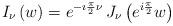
LaTeX: \begin{align*} I_\nu\left( w\right)=e^{{-\imath\frac{\pi}{2}\nu}} \,J_\nu\left(e^{{i \frac{\pi}{2}}} w\right)\end{align*}